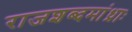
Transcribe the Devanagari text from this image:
राजशब्दमांध्राः